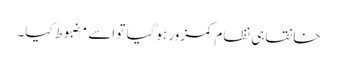
خانقاہی نظام کمزور ہوگیا تو اسے مضبوط کیا۔